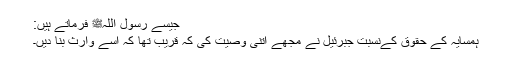
جیسے رسول اللہﷺ فرماتے ہیں:
ہمسایہ کے حقوق کےنسبت جبرئیل نے مجھے اتنی وصیت کی کہ قریب تھا کہ اسے وارث بنا دیں۔